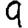
Digit: 9